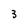
Character: 3